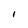
Character: i